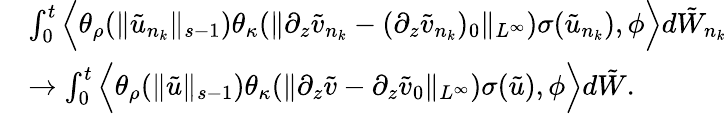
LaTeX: \begin{array}{rl}&{\int_{0}^{t}\Big\langle\theta_{\rho}(\| \tilde{u}_{n_{k}}\| _{s-1})\theta_{\kappa}(\| \partial_{z}\tilde{v}_{n_{k}}-(\partial_{z}\tilde{v}_{n_{k}})_{0}\| _{L^{\infty}})\sigma(\tilde{u}_{n_{k}}),\phi\Big\rangle d\tilde{W}_{n_{k}}}\\ &{\rightarrow\int_{0}^{t}\Big\langle\theta_{\rho}(\| \tilde{u}\| _{s-1})\theta_{\kappa}(\| \partial_{z}\tilde{v}-\partial_{z}\tilde{v}_{0}\| _{L^{\infty}})\sigma(\tilde{u}),\phi\Big\rangle d\tilde{W}.}\end{array}